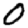
Digit: 0